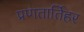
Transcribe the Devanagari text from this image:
प्रणतार्तिहर